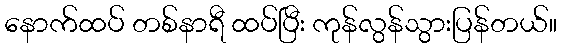
နောက်ထပ် တစ်နာရီ ထပ်ပြီး ကုန်လွန်သွားပြန်တယ်။